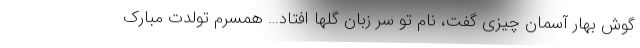
گوش بهار آسمان چیزی گفت، نام تو سر زبان گلها افتاد… همسرم تولدت مبارک